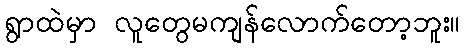
ရွာထဲမှာ လူတွေမကျန်လောက်တော့ဘူး။